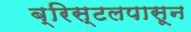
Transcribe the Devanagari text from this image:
ब्रिस्टलपासून